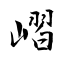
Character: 嶍